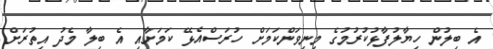
އެ ބިލުން ހިޔާލުފާޅުކުރުމުގެ މިނިވަންކަމަށް ހުރަސްއެޅޭ ކަމަށާއި އެ ބިލާ މެދު އިތުރަށް